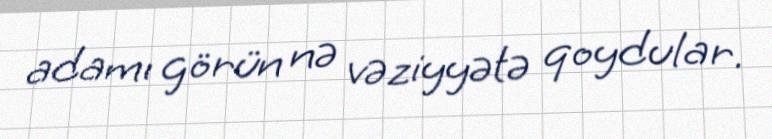
adamı görün nə vəziyyətə qoydular.